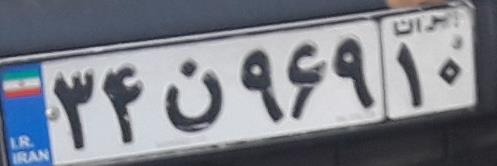
۳۴ن۹۶۹۱۰